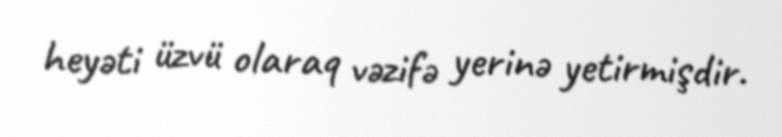
heyəti üzvü olaraq vəzifə yerinə yetirmişdir.